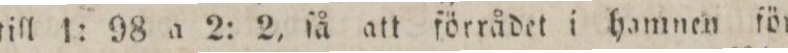
till 1: 98 a 2: 2, ſå att förrådet i hamnen för